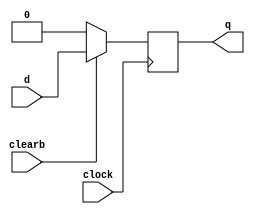
`timescale 1ns/1ps

module dff_sync_clear(d, clearb, clock, q);
	input d, clearb, clock;
	output q;
	reg q;

	always @ (posedge clock)
	begin
		if (!clearb) q <= 1'b0;
		else q <= d;
	end
endmodule

module dff_async_clear(d, clearb, clock, q);
	input d, clearb, clock;
	output q;
	reg q;
	
	always @ (negedge clearb or posedge clock)
	begin
		if (!clearb) q <= 1'b0;
		else q <= d;
	end
endmodule